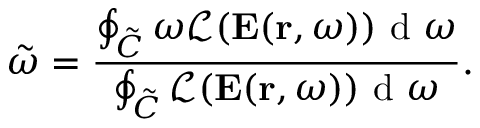
\Tilde { \omega } = \frac { \oint _ { \Tilde { C } } \omega \mathcal { L } ( \mathbf { E } ( \mathbf { r } , \omega ) ) \mathrm { ~ d ~ } \omega } { \oint _ { \Tilde { C } } \mathcal { L } ( \mathbf { E } ( \mathbf { r } , \omega ) ) \mathrm { ~ d ~ } \omega } .